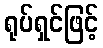
ရုပ်ရှင်ဖြင့်